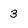
Character: 3